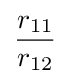
{\frac {r_{11}}{r_{12}}}